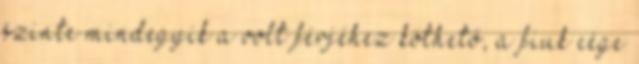
szinte mindegyik a volt férjéhez köthető, a fiuk cége